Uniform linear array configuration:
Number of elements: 16
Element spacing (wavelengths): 0.25
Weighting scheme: binomial
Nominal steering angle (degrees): -15
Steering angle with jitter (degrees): -13.838
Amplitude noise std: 0.05
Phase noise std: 0.05

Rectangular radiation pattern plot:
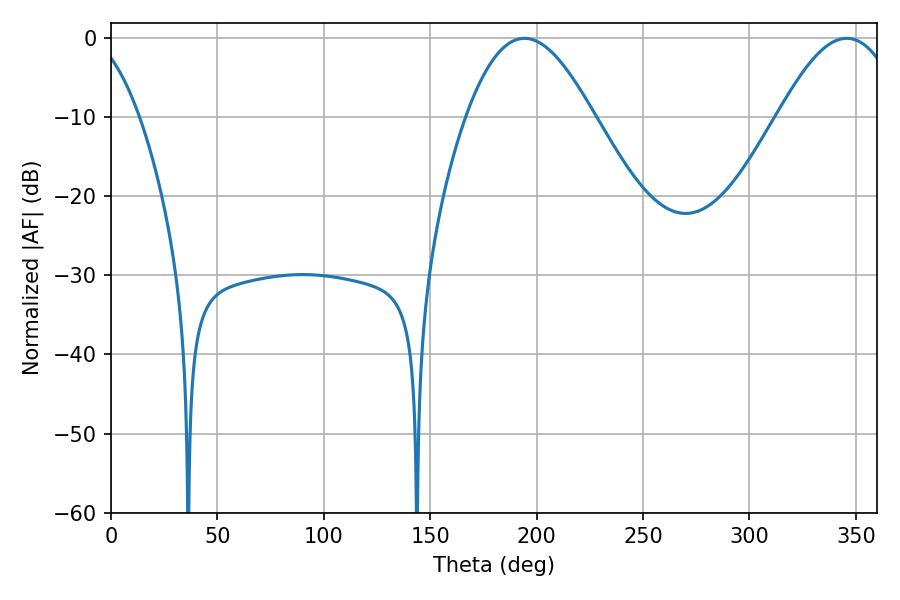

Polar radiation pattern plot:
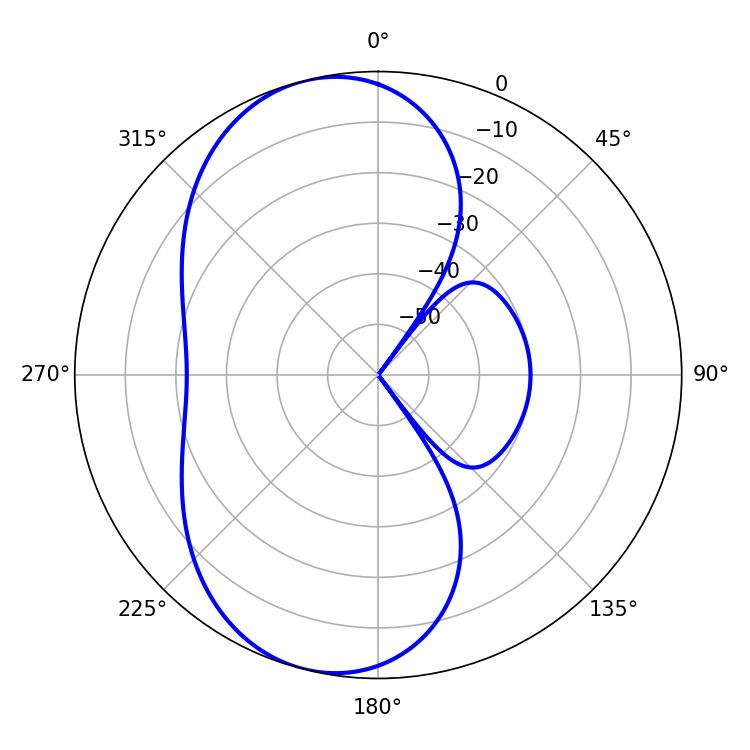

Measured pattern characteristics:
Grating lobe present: FALSE
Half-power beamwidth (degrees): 32.58
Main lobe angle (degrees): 194.22